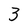
Character: 3